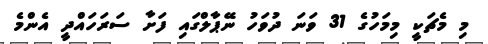
މި މެޗަކީ މިމަހުގެ 31 ވަނަ ދުވަހު ނޭޕާލްގައި ފަށާ ސަރަހައްދީ އެންމެ